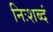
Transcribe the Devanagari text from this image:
निःशब्दं